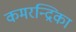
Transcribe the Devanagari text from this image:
कमरन्द्रिका